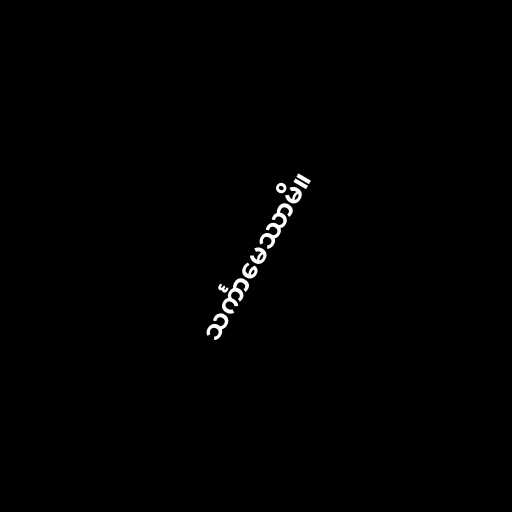
သင်္ကာမေဿာမိ။